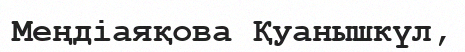
Меңдіаяқова Қуанышкүл,